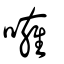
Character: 噰